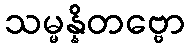
သမ္မန္နိတဗ္ဗော